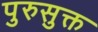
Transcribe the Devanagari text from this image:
पुरुसुक्त